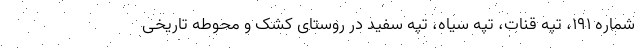
شماره ۱۹۱، تپه قنات، تپه سیاه، تپه سفید در روستای کشک و محوطه تاریخی